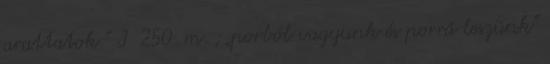
arattatok.” I 250. m. ; „porból vagyunk és porrá leszünk”